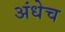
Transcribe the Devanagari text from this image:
अंधेच